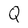
Character: Q